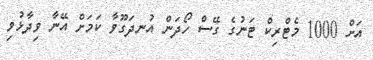
އަށް 1000 މެޓްރިކް ޓަނުގެ ގޭސް ހޯދަން އުނދަގޫވާ ކަމަށް އޭނާ ވިދާޅުވި